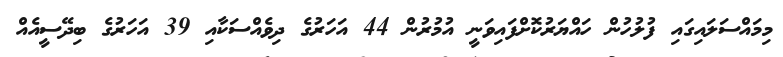
މިމައްސަލައިގައި ފުލުހުން ހައްޔަރުކޮށްފައިވަނީ އުމުރުން 44 އަހަރުގެ ދިވެއްސަކާއި 39 އަހަރުގެ ބިދޭސީއެއް